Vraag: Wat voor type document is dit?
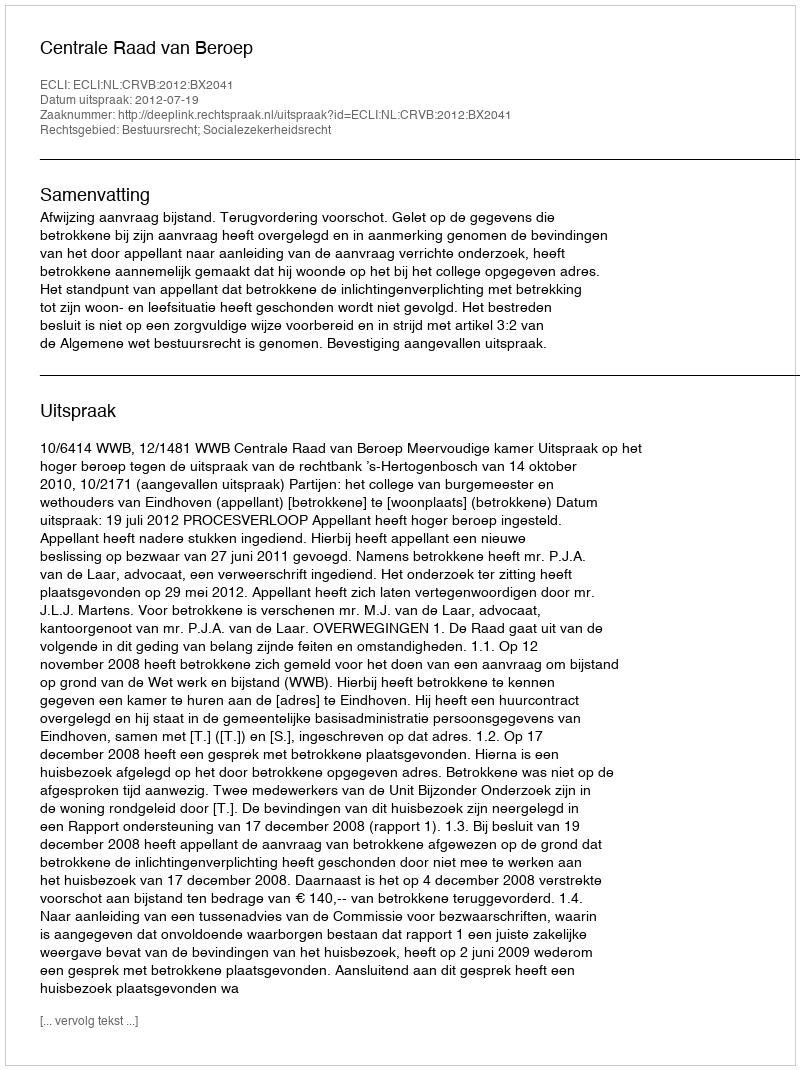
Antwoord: Uitspraak